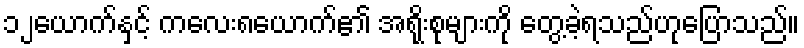
၁၂ယောက်နှင့် ကလေး၈ယောက်၏ အရိုးစုများကို တွေ့ခဲ့ရသည်ဟုပြောသည်။